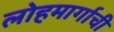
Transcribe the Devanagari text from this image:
लोहमार्गाची